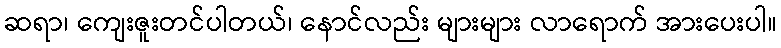
ဆရာ၊ ကျေးဇူးတင်ပါတယ်၊ နောင်လည်း များများ လာရောက် အားပေးပါ။